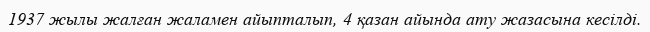
1937 жылы жалған жаламен айыпталып, 4 қазан айында ату жазасына кесілді.